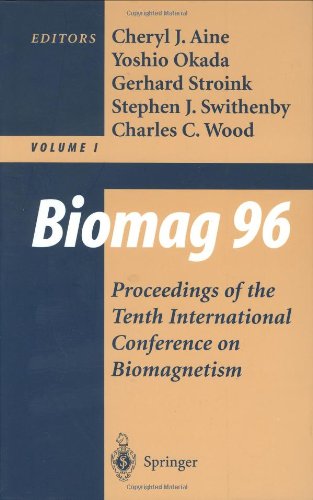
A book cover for Biomag 96: Proceedings of the Tenth International Conference Biomagnetism (International Conference on Biomagnetism//Proceedings); Science & Math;